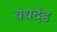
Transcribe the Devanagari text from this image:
वधदंड